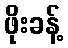
ဖိုးခန့်